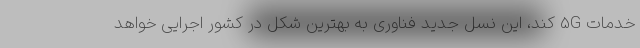
خدمات 5G کند، این نسل جدید فناوری به بهترین شکل در کشور اجرایی خواهد